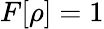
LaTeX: F[\rho]=1